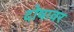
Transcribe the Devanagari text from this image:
दोषावर